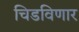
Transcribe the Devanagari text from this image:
चिडविणार